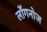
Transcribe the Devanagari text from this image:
लाँगनोज